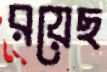
রয়েছ